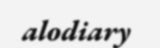
alodiary